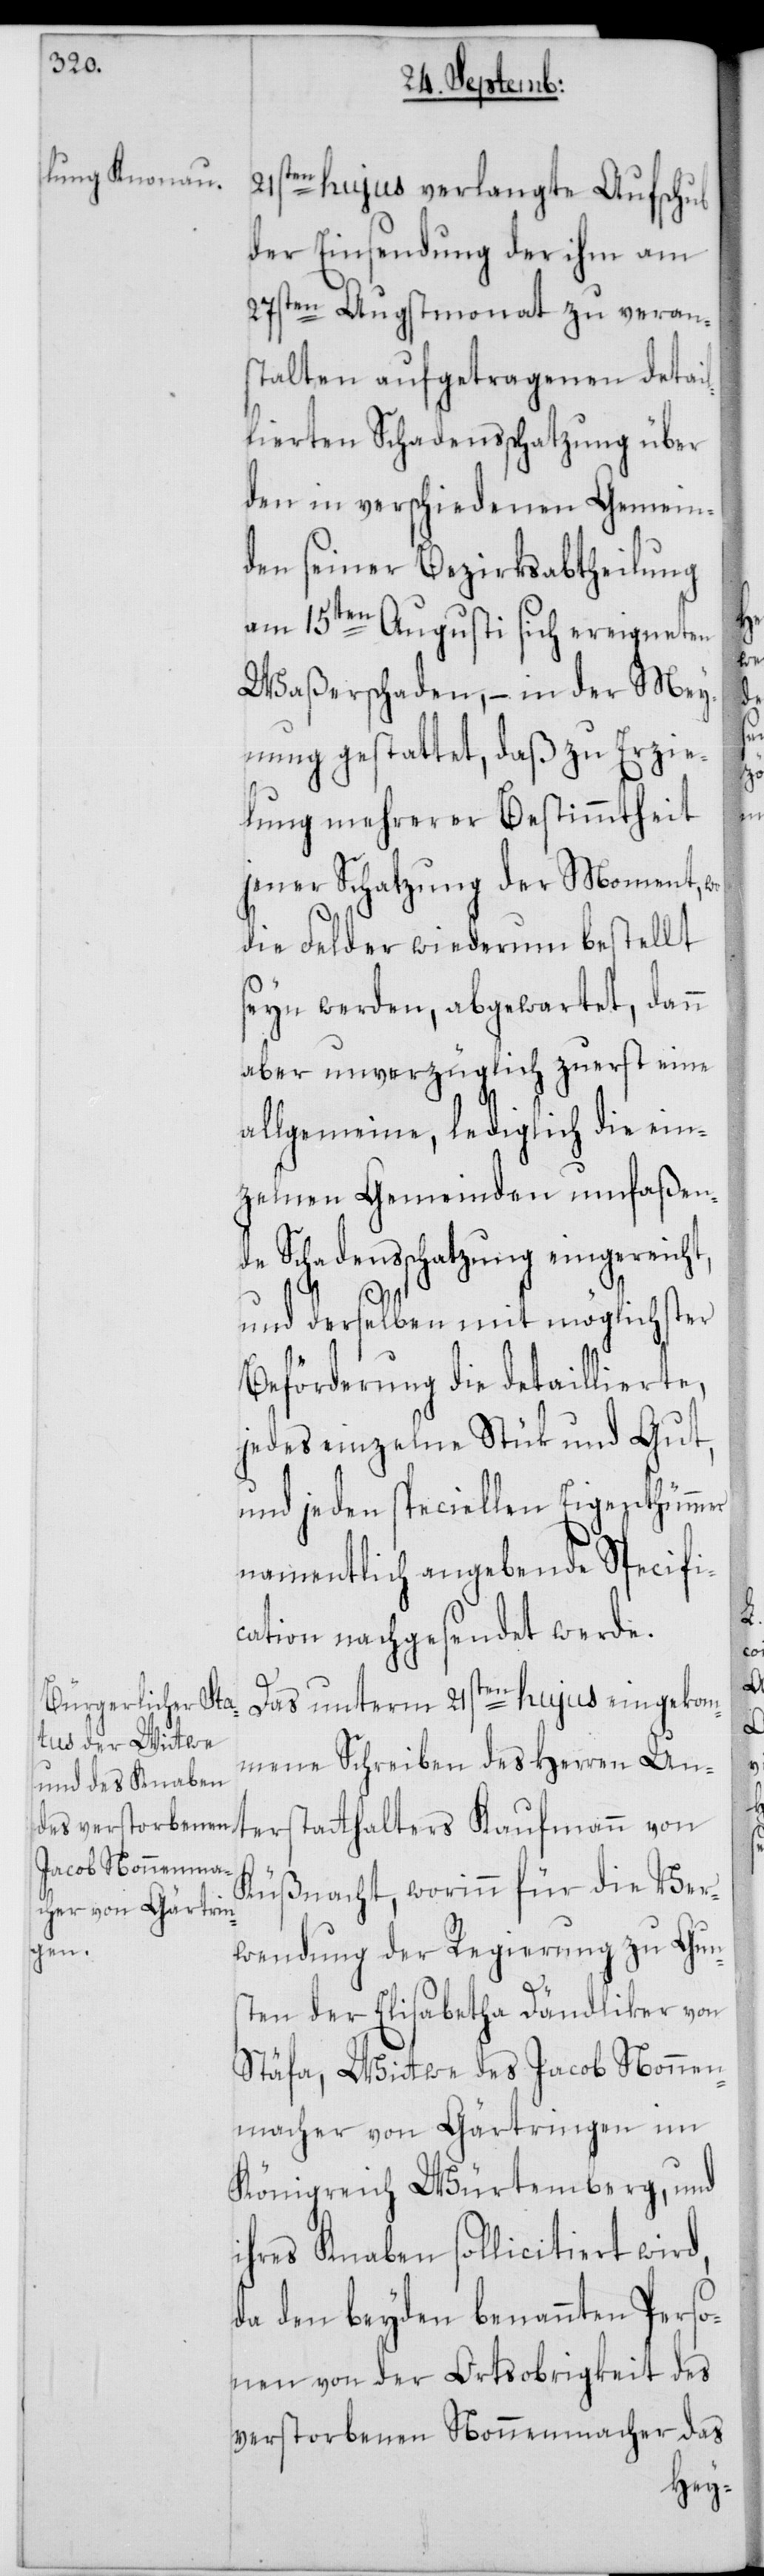
21sten hujus verlangte Aufschub
der Einsendung der ihm am
27sten Augstmonat zu veran¬
stalten aufgetragenen detail¬
lierten Schadensschatzung über
den in verschiedenen Gemein¬
den seiner Bezirksabtheilung
am 15ten Augusti sich ereigneten
Waßerschaden, – in der Mey¬
nung gestattet, daß zu Erzie¬
lung mehrerer Bestimmtheit
jener Schatzung der Moment, wo
die Felder wiederum bestellt
seyn werden, abgewartet, dann
aber unverzüglich zuerst eine
allgemeine, lediglich die ein¬
zelnen Gemeinden umfaßen¬
de Schadensschatzung eingereicht,
und derselben mit möglichster
Beförderung die detaillierte,
jedes einzelne Stük und Gut,
und jeden speziellen Eigenthümmer
namentlich angebende Specifi¬
cation nachgesendet werde.
Das unterm 21sten hujus eingekom¬
mene Schreiben des Herren Un¬
Küsnacht, worinn für die Ver¬
wendung der Regierung zu Gun¬
sten der Elisabetha Dändliker von
Stäfa, Wittwe des Jacob Nonnen¬
macher von Gärtringen im
Königreich Würtemberg, und
ihres Knaben sollicitiert wird,
da den beyden benannten Perso¬
nen von der Ortsobrigkeit des
verstorbenen Nonnenmacher das

von